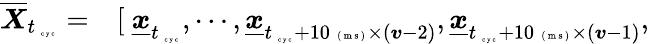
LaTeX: \begin{array}{rl}{\overline{{\boldsymbol X}}_{t_{\mathrm{~\tiny~c~y~c~}}}=}&{{}[~\underline{{\boldsymbol x}}_{t_{\mathrm{~\tiny~c~y~c~}}},\cdots,\underline{{\boldsymbol x}}_{t_{\mathrm{~\tiny~c~y~c~}}+10\mathrm{~\tiny~(~m~s~)~}\times(\boldsymbol v-2)},\underline{{\boldsymbol x}}_{t_{\mathrm{~\tiny~c~y~c~}}+10\mathrm{~\tiny~(~m~s~)~}\times(\boldsymbol v-1)},}\end{array}